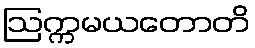
ဩက္ကမယတောတိ